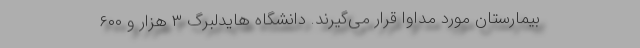
بیمارستان مورد مداوا قرار می‌گیرند. دانشگاه هایدلبرگ ۳ هزار و ۶۰۰